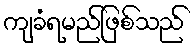
ကျခံရမည်ဖြစ်သည်